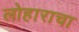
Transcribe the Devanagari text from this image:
लोहाराचा